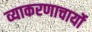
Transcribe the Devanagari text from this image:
व्याकरणाचार्यो